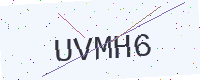
Text: UVMH6